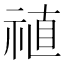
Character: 禃